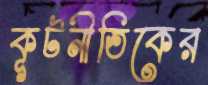
কূটনীতিকের